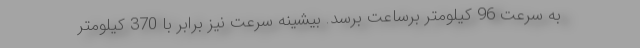
به سرعت 96 کیلومتر برساعت برسد. بیشینه سرعت نیز برابر با 370 کیلومتر